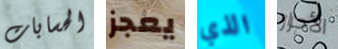
الحسابات يعجز الذي الأحرار